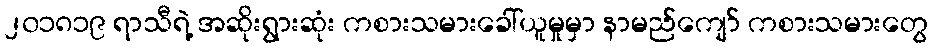
၂၀၁၈၁၉ ရာသီရဲ့ အဆိုးရွားဆုံး ကစားသမားခေါ်ယူမှုမှာ နာမည်ကျော် ကစားသမားတွေ